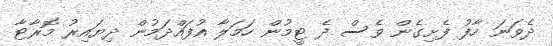
ދެވަނަ ހާފު ފެށިގެން ވެސް ދެ ޓީމުން ހަމަލާ އުފައްދަމުން ދިޔައިރު މޮރާޓާ